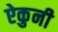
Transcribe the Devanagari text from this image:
ऐकुनी